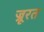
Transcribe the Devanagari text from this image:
ज्रूरत